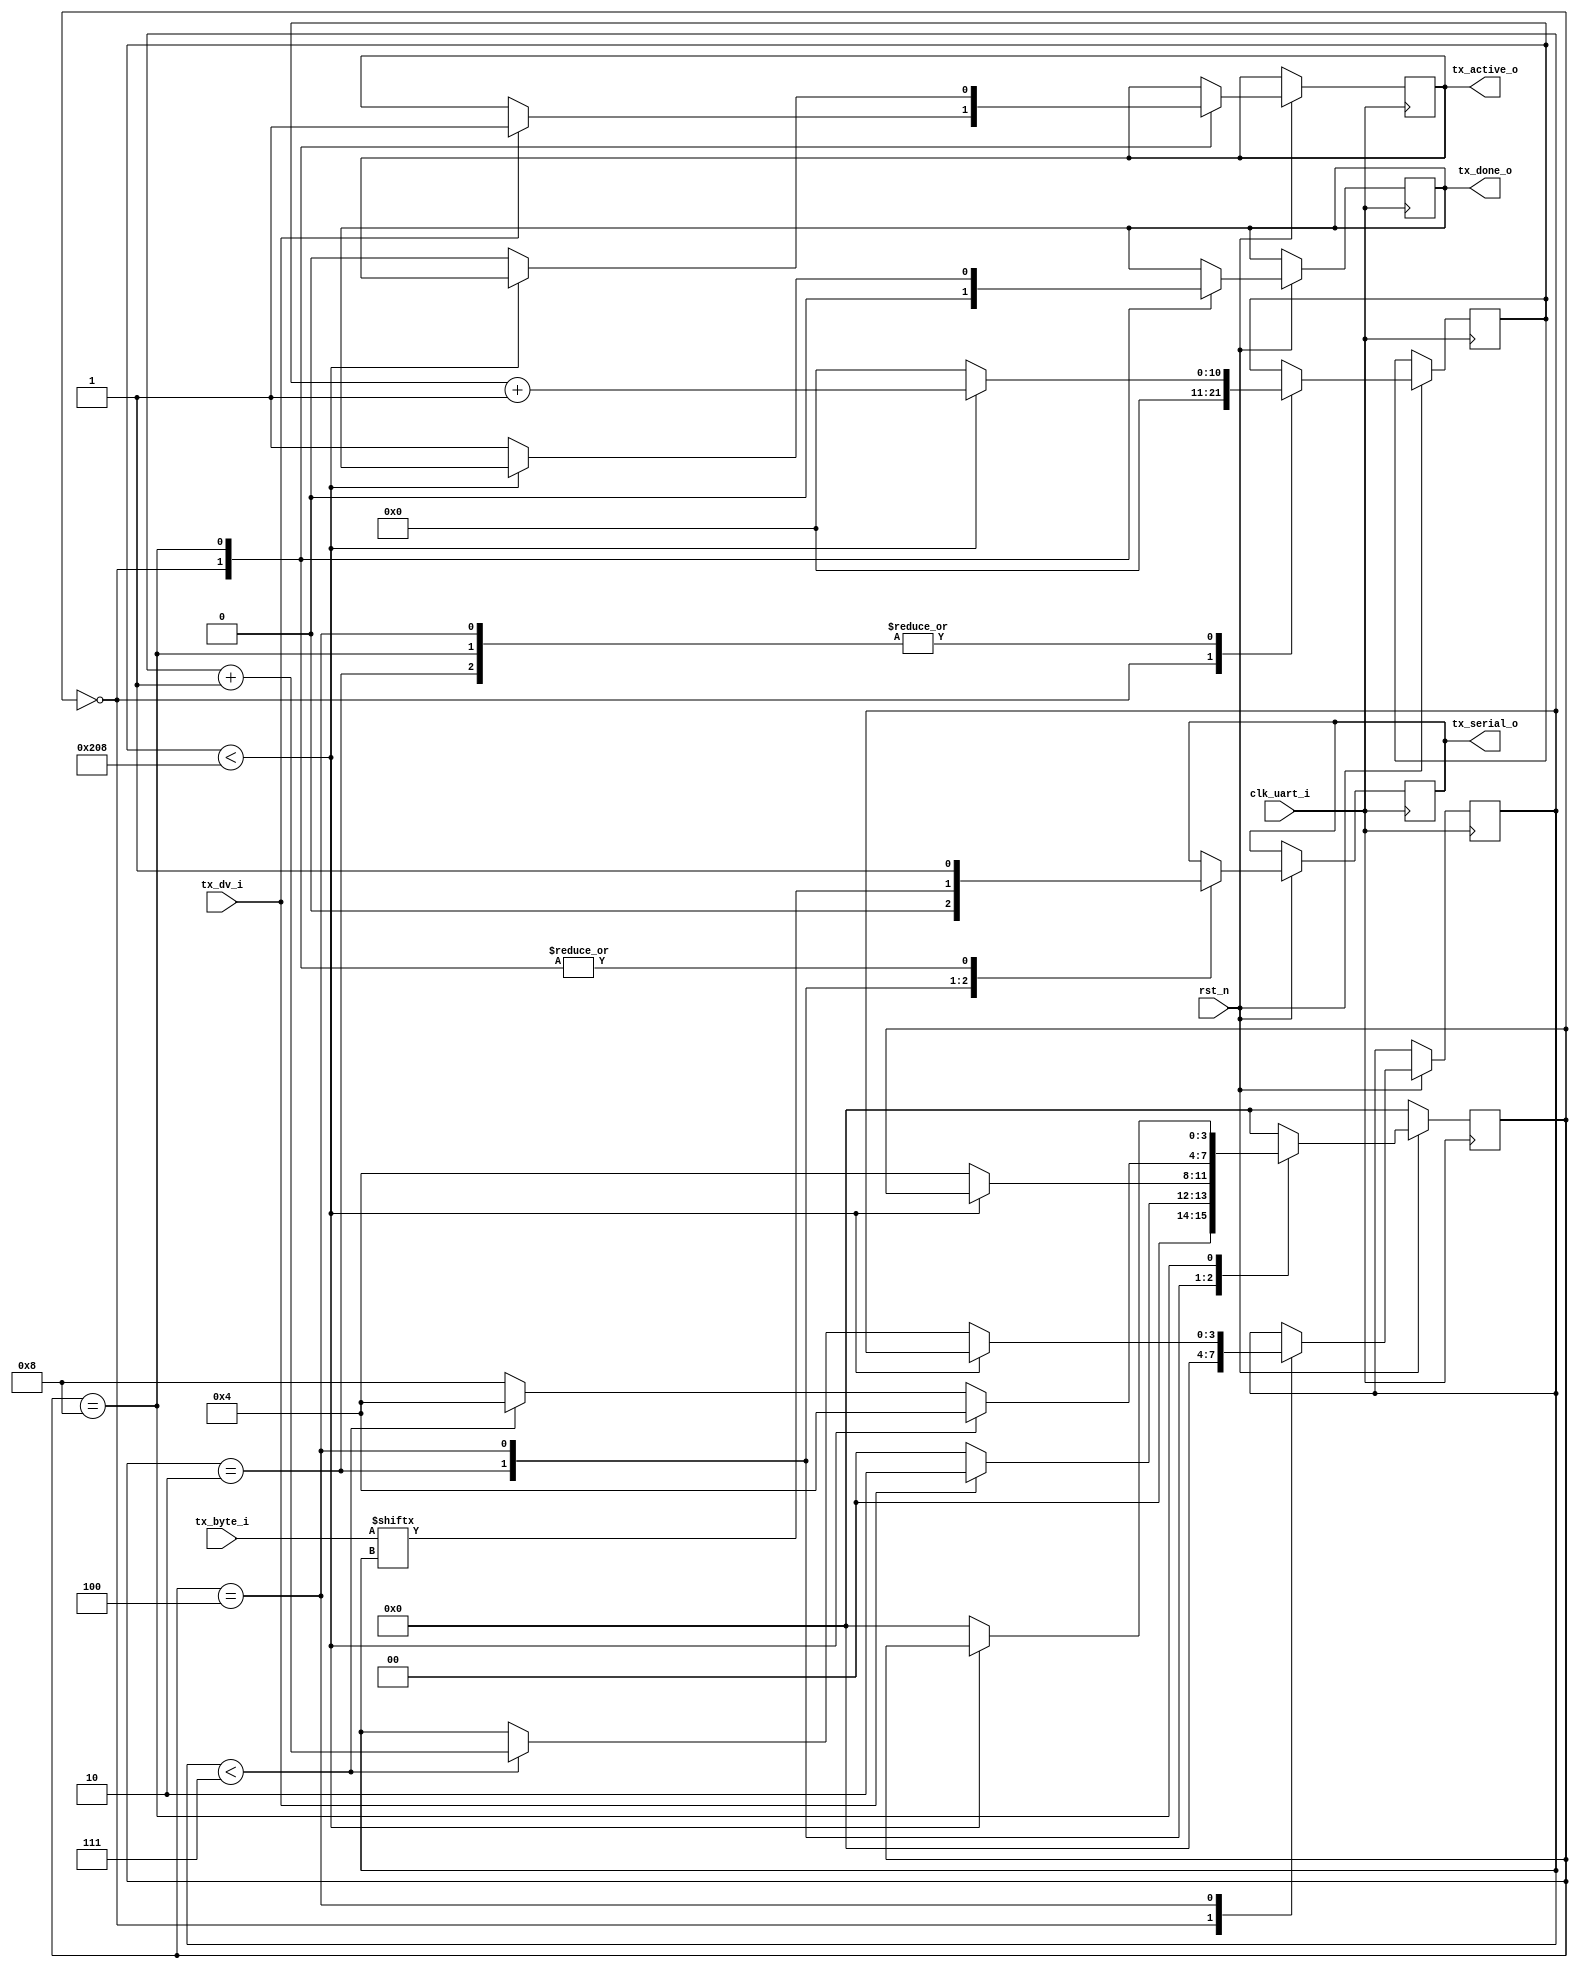
module uart_tx 
  #(parameter CLKS_PER_BIT = 521)
  (
   input       rst_n,
   input       clk_uart_i,
   input       tx_dv_i,
   input [7:0] tx_byte_i,         // (ascii) byte to be serialized 
   output reg  tx_active_o,       // active status bit
   output reg  tx_serial_o,       // serial data out
   output reg  tx_done_o  );      // done status bit
 
  // define state machine names (1-hot)
  localparam IDLE         = 4'b0000;
  localparam TX_START_BIT = 4'b0010;
  localparam TX_DATA_BITS = 4'b0100;
  localparam TX_STOP_BIT  = 4'b1000;
  
  reg [3:0] sm_main_r;
  reg [$clog2(CLKS_PER_BIT):0] Clock_Count_r;
  reg [3:0] Bit_Index_r;
  reg [7:0] TX_Data_r;

  // Implement uart TX state machine
  // using a 1-always method including a baudbit counter
  // synchronous update of current state to next state within @always.
  //   input:  rst_n (synchronous)  resets to IDLE state
  //   input:  tx_dv_i
  //   input:  tx_byte_i
  //   output: tx_done_o
  //   output: tx_serial_o
  //   output: tx_active_o
  
  always @(*)  TX_Data_r = tx_byte_i;
  
  
  always @(posedge clk_uart_i)
  if ( rst_n == 0 )
    begin
      sm_main_r <= IDLE;
    end else begin 
    begin
      case (sm_main_r)
      IDLE :
        begin
          tx_done_o <= 1'b0;
          tx_serial_o   <= 1'b1;         // Drive Line High for Idle			 
          Bit_Index_r   <= 4'b0000;
          Clock_Count_r <= 0;
          if (tx_dv_i == 1'b1)
          begin
            tx_active_o <= 1'b1;
            //TX_Data_r   <= tx_byte_i;
            sm_main_r <= TX_START_BIT;
            Clock_Count_r <= 0;
          end
          else
            sm_main_r <= IDLE;
        end // case: IDLE  
         
      TX_START_BIT :  // Send out Start Bit. Start bit = 0
        begin
           tx_serial_o <= 1'b0;
           // Wait CLKS_PER_BIT-1 clock cycles for start bit to finish
           if (Clock_Count_r < CLKS_PER_BIT - 1'b1) 
              Clock_Count_r <= Clock_Count_r + 1'b1;
		     else begin
              sm_main_r <= TX_DATA_BITS;
			     Clock_Count_r <= 0;
		     end		 
        end // case: TX_START_BIT 
                
      TX_DATA_BITS :
        begin
          tx_serial_o <= TX_Data_r[Bit_Index_r];          
          if (Clock_Count_r < CLKS_PER_BIT - 1'b1)
          begin
            Clock_Count_r <= Clock_Count_r + 1'b1;
            sm_main_r <= TX_DATA_BITS;
          end
          else
          begin
            Clock_Count_r <= 0;          
            // Check if we have sent out all bits
            if (Bit_Index_r < 4'b0111)
            begin
              Bit_Index_r <= Bit_Index_r + 1'b1;
              sm_main_r   <= TX_DATA_BITS;
            end
            else
            begin
              sm_main_r   <= TX_STOP_BIT;
            end
          end 
        end // case: TX_DATA_BITS     
                    
      TX_STOP_BIT :   // Send out Stop bit.  Stop bit = 1
        begin
           tx_serial_o <= 1'b1;          
           // Wait for baudbit period for Stop bit to finish
           if (Clock_Count_r < CLKS_PER_BIT - 1'b1) 
              Clock_Count_r <= Clock_Count_r + 1'b1;
		     else begin
              sm_main_r <= IDLE;
			     Clock_Count_r <= 0;	     
              tx_done_o     <= 1'b1;
              tx_active_o   <= 1'b0;
           end 
        end // case: TX_STOP_BIT          
      default :
        sm_main_r <= IDLE;     
    endcase
    end // else: !if(~rst_n)
  end // always @ (posedge clock_uart_i)

endmodule